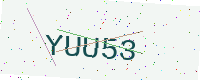
Text: YUU53